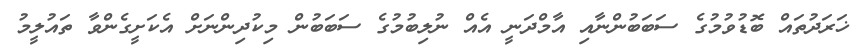
ޚަރަދުތައް ބޮޑުވުމުގެ ސަބަބުންނާއި އާމްދަނީ އެއް ނުލިބުމުގެ ސަބަބުން މިކުދިންނަށް އެކަށީގެންވާ ތައުލީމު